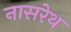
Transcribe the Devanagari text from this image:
नासरेथ